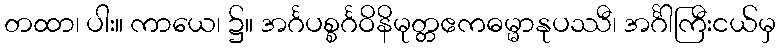
တထာ၊ ပါး။ ကာယေ၊ ၌။ အင်္ဂပစ္စင်္ဂဝိနိမုတ္တဧကဓမ္မာနုပဿီ၊ အင်္ဂါကြီးငယ်မှ